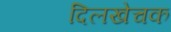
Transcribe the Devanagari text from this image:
दिलखेचक